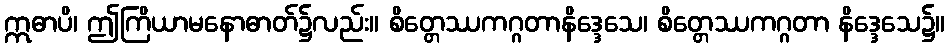
ဣဓာပိ၊ ဤကြိယာမနောဓာတ်၌လည်း။ စိတ္တေဿကဂ္ဂတာနိဒ္ဒေသေ၊ စိတ္တေဿကဂ္ဂတာ နိဒ္ဒေသေ၌။